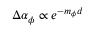
\Delta \alpha _ { \phi } \propto e ^ { - m _ { \phi } d }